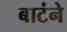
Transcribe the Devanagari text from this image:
बाटंने